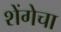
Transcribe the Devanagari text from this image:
शेंगेचा